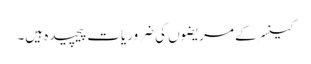
کینسر کے مریضوں کی ضروریات پیچیدہ ہیں۔